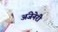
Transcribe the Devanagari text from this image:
अंजेनेरी